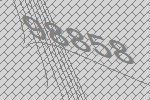
98858